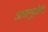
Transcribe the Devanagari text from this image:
अन्नामुळेच